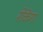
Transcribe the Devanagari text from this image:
रोकेंगा